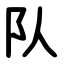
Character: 队